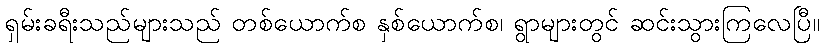
ရှမ်းခရီးသည်များသည် တစ်ယောက်စ နှစ်ယောက်စ၊ ရွာများတွင် ဆင်းသွားကြလေပြီ။